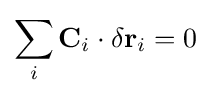
\sum _{i}\mathbf {C} _{i}\cdot \delta \mathbf {r} _{i}=0